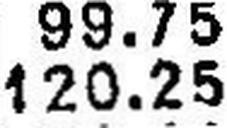
120.25